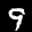
Label: 9